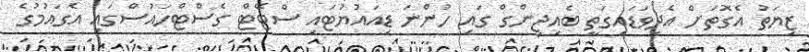
ޒިޔަތު އެގޮތަށް އެދިވަޑައިގަތީ ބެއިޖިންގް ގައި ހުންނަ ޑިއައުޔުޓައި ސްޓޭޓް ގެސްޓްހައުސްގައި އެގައުމުގެ